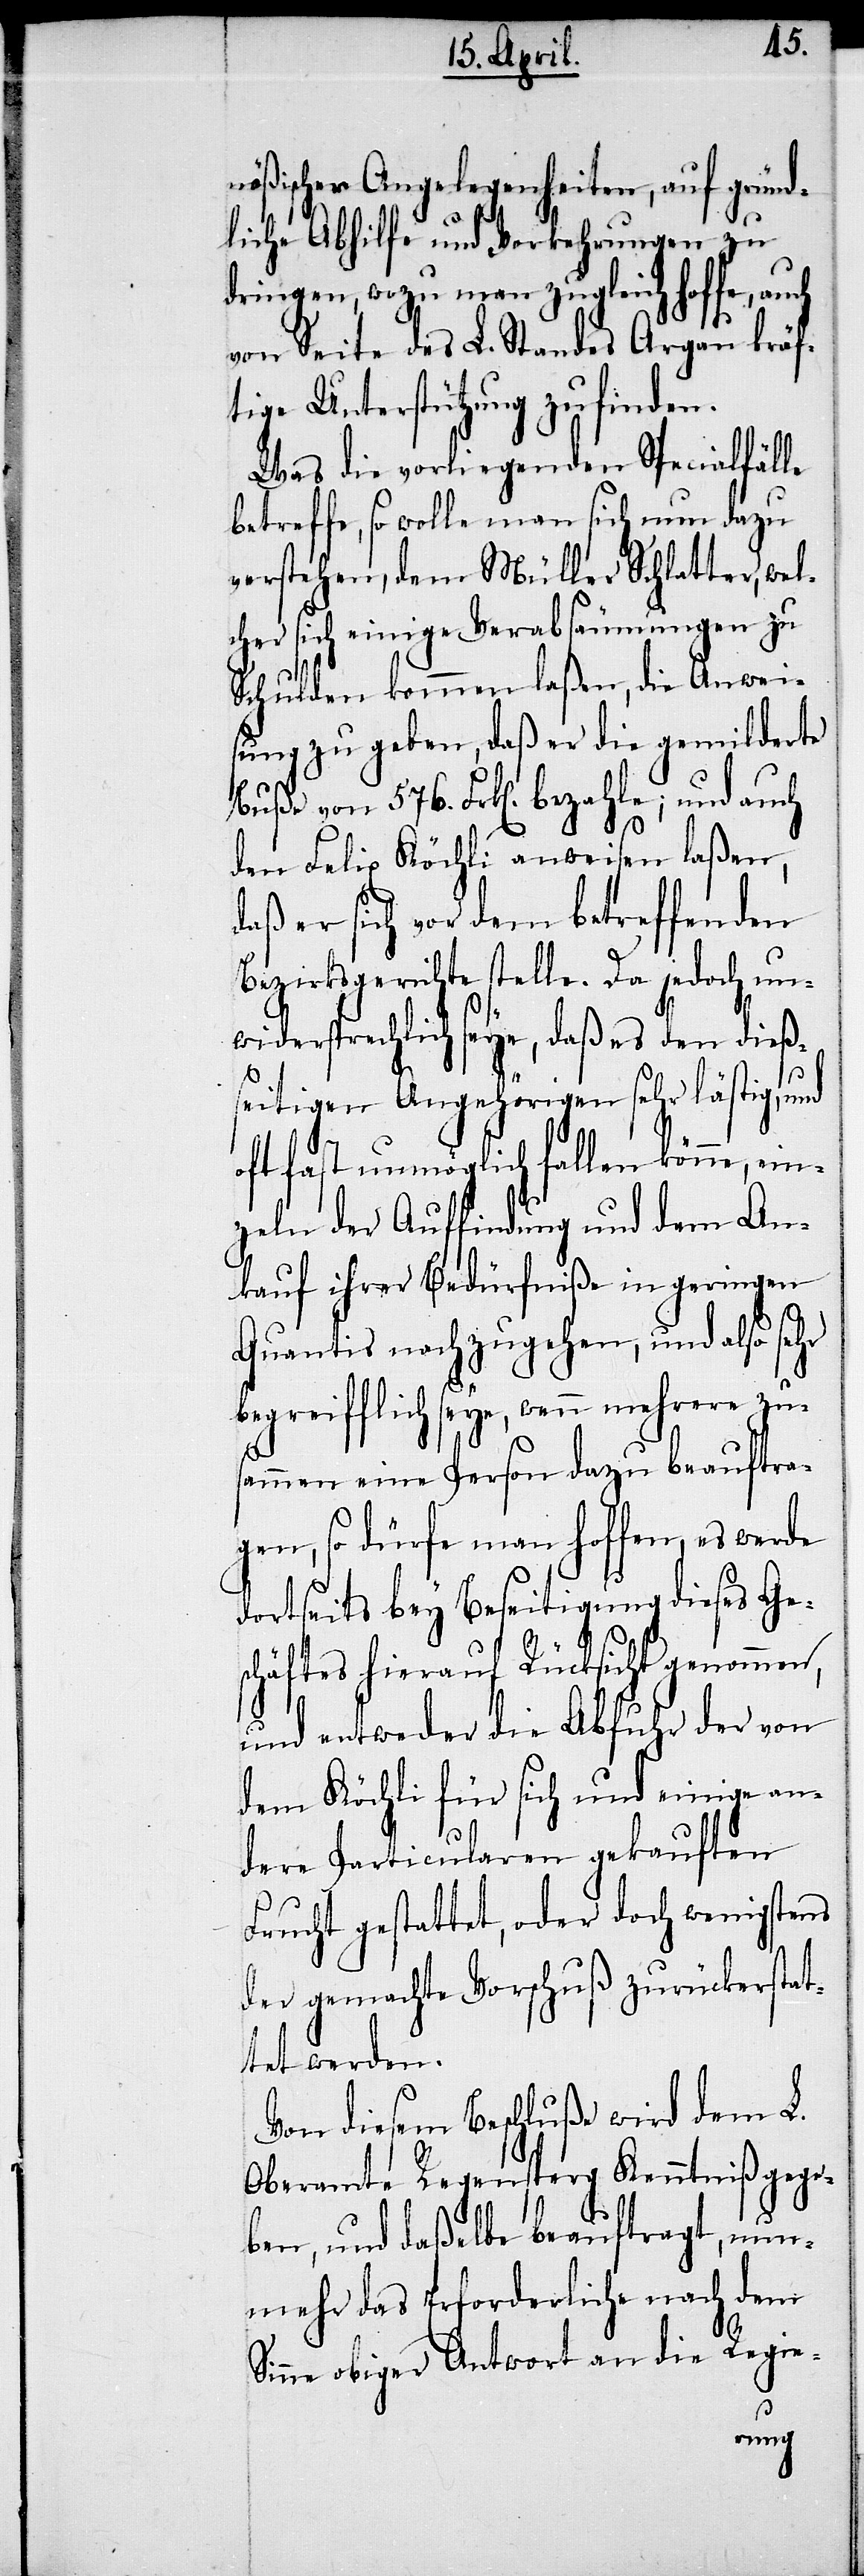
nößischer Angelegenheiten, auf gründ¬
liche Abhilfe und Vorkehrungen zu
dringen, wozu man zugleich hoffe, auch
von Seite des L. Standes Argau kräf¬
tige Unterstützung zu finden.
Was die vorliegenden Specialfälle
betreffe, so wolle man sich nun dazu
verstehen, dem Müller Schlatter, wel¬
cher sich einige Verabsäumungen zu
Schulden kommen laßen, die Anwei¬
sung zu geben, daß er die gemilderte
Buße von 576. Frk[en]. bezahle; und auch
den Felix Köchli anweisen laßen,
daß er sich vor dem betreffenden
Bezirksgerichte stelle. Da jedoch un¬
widersprechlich seye, daß es den dieß¬
seitigen Angehörigen sehr lästig, und
oft fast unmöglich fallen könne, ein¬
zeln der Auffindung und dem An¬
kauf ihrer Bedürfniße in geringen
Quantis nachzugehen, und also sehr
begreifflich seye, wenn mehrere zus¬
ammen eine Person dazu beauftra¬
gen, so dürfe man hoffen, es werde
dortseits bey Beseitigung dieses Ges¬
chäftes hierauf Rücksicht genommen,
und entweder die Abfuhr der von
dem Köchli für sich und einige an¬
dere Particularen gekauften
Frucht gestattet, oder doch wenigstens
der gemachte Vorschuß zurückerstat¬
tet werden.
Von diesem Beschluße wird dem L.
Oberamte Regensperg Kenntniß gege¬
ben, und daßelbe beauftragt, nun¬
mehr das Erforderliche nach dem
Sinne obiger Antwort an die Regie-